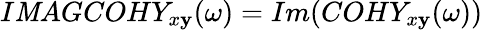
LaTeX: I\mathit{M}AGCOHY_{x\mathbf{y}}(\omega)=Im(COHY_{x\mathbf{y}}(\omega))